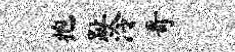
抱趾泠哥